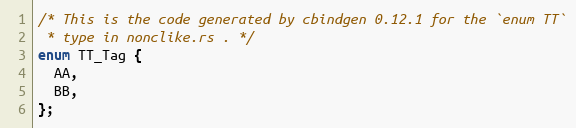
Language: C
/* This is the code generated by cbindgen 0.12.1 for the `enum TT`
 * type in nonclike.rs . */
enum TT_Tag {
  AA,
  BB,
};